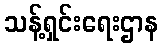
သန့်ရှင်းရေးဌာန